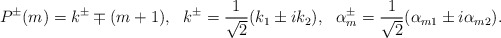
\begin{align*}P^{\pm}(m)= k^{\pm}\mp (m+1),~~k^{\pm}=\frac{1}{\sqrt{2}}(k_1\pm ik_2),~~\alpha^{\pm}_{m}=\frac{1}{\sqrt{2}}(\alpha_{m1}\pm i\alpha_{m2}).\end{align*}